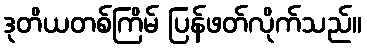
ဒုတိယတစ်ကြိမ် ပြန်ဖတ်လိုက်သည်။